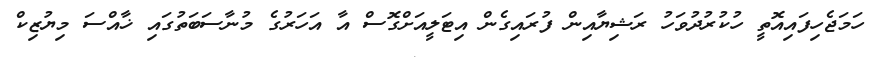
ހަމަޖެހިފައިއޮތީ ހުކުރުދުވަހު ރަޝިޔާއިން ފުރައިގެން އިޓަލީއަށްގޮސް އާ އަހަރުގެ މުނާސަބަތުގައި ޚާއްސަ މިޔުޒިކް